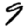
Digit: 9